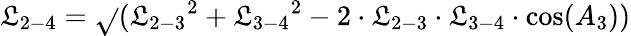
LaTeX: {\mathfrak{L}_{2-4}}=\sqrt{}{{({\mathfrak{L}_{2-3}}^{2}+{\mathfrak{L}_{3-4}}^{2}-2\cdot{\mathfrak{L}_{2-3}}\cdot{\mathfrak{L}_{3-4}}\cdot\cos({A_{3}}))}}